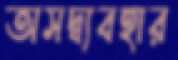
অসদ্ব্যবহার